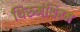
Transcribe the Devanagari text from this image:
थिरुमंथिरम